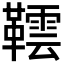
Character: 𬰨